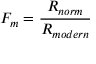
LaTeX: F _ { m } = { \frac { R _ { n o r m } } { R _ { m o d e r n } } }